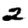
Digit: 2